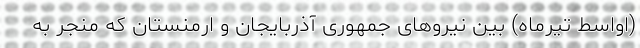
(اواسط تیرماه) بین نیروهای جمهوری آذربایجان و ارمنستان که منجر به